Madras plague regulations in force outside the Presidency town - Volume 3
Disease focus: Plague
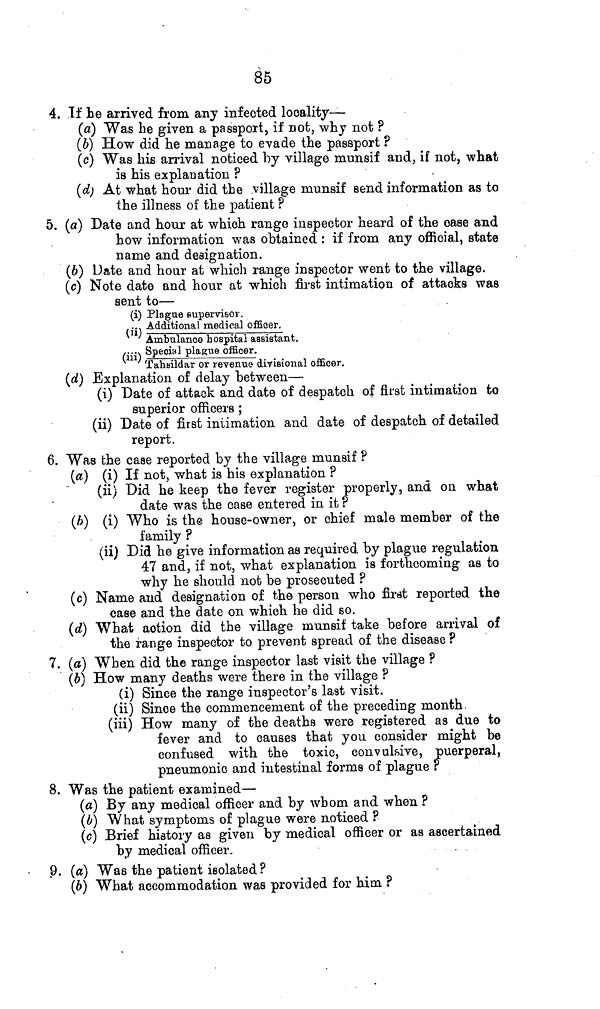
85
4. Tí be arrived from any infected locality—
(a) Was he given a passport, if not, why not ?
(6) How did he manage to evade the passport ?
(c) Was his arrival noticed by village munsif and, if not, what
is his explanation ?
(d) At what hour did the village munsif send information as to
the illness of the patient ?
5. («) Date and hour at which range inspector heard of the case and
how information was obtained : if from any official, state
name and designation.
(6) Date and hour at which range inspector went to the village.
(c) Note date and hour at which first intimation of attacks was
sent to—
(i) Plague supervisor.
... Additional medical officer.
Ambulance hospital assistant.
A-..,. Special plague officer.
Tahsildar or revenue divisional officer.
(d) Explanation of delay between—
(i) Date of attack and date of despatch of first intimation to
superior officers ;
(ii) Date of first intimation and date of despatch of detailed
report.
6. Was the case reported by the village munsif ?
(a) (i) If not, what is his explanation ?
(ii) Did he keep the fever register properly, and ou what
date was the case entered in it ?
(A) (i) Who is the house-owner, or chief male member of the
family ?
(ii) Did he give information as required by plague regulation
47 and, if not, what explanation is forthcoming as to
why he should not be prosecuted ?
(c) Name and designation of the person who first reported the
case and the date on which he did so.
(d) What action did the village munsif take before arrival of
the range inspector to prevent spread of the disease ?
7. (a) When did the range inspector last visit the village ?
(¿>) How many deaths were there in the village ?
(i) Since the range inspector's last visit,
(ii) Since the commencement of the preceding month,
(iii) How many of the deaths were registered as due to
fever and to causes that you consider might be
confused with the toxic, convulsive, puerperal,
pneumonic and intestinal forms of plague ?
8. Was the patient examined—
(a) By any medical officer and by whom and when ?
(6) What symptoms of plague were noticed ?
(c) Brief history as given by medical officer or as ascertained
by medical officer,
9. (a) Was the patient isolated ?
(6) What accommodation was provided for him. ?